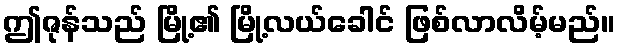
ဤဇုန်သည် မြို့၏ မြို့လယ်ခေါင် ဖြစ်လာလိမ့်မည်။